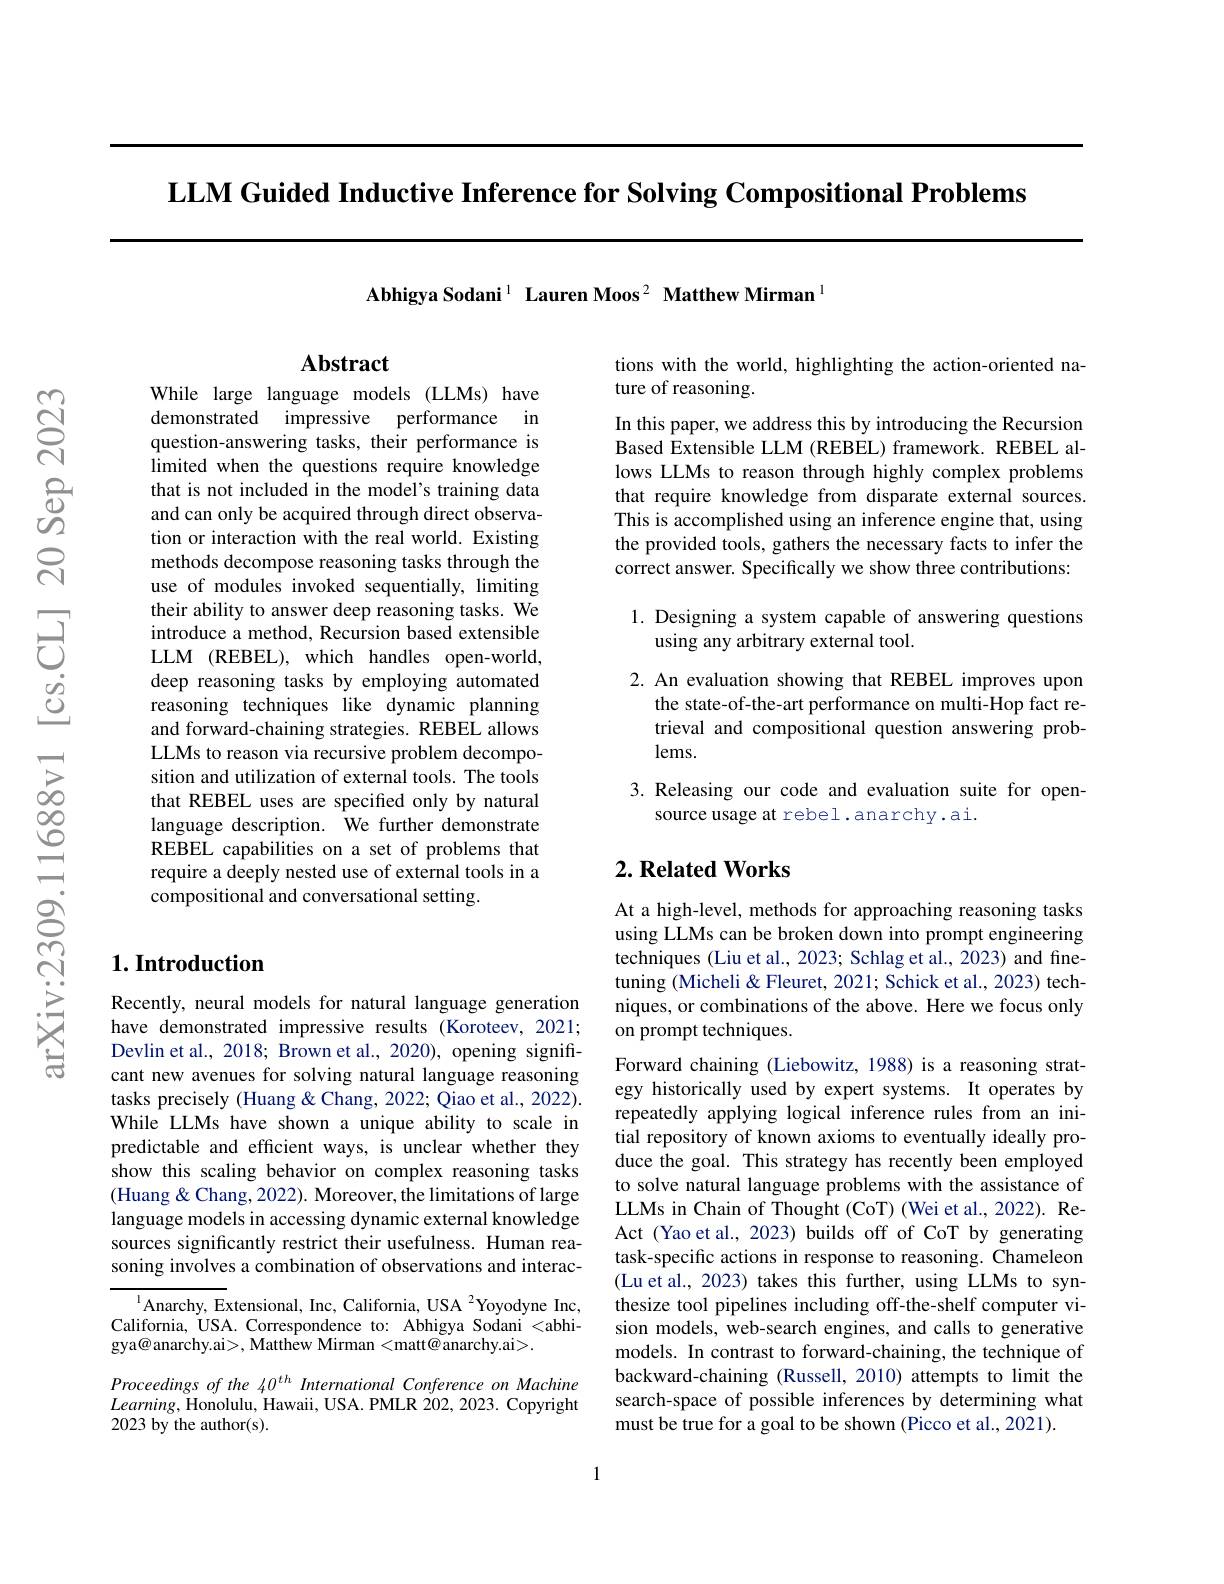
LLM Guided Inductive Inference for Solving Compositional Problems

Abhigya Sodani$^{1}$ Lauren Moos$^{2}$ Matthew Mirman$^{1}$

## Abstract

While large language models (LLMs) have demonstrated impressive performance in question-answering tasks, their performance is limited when the questions require knowledge that is not included in the model's training data and can only be acquired through direct observation or interaction with the real world. Existing methods decompose reasoning tasks through the use of modules invoked sequentially, limiting their ability to answer deep reasoning tasks. We introduce a method, Recursion based extensible LLM (REBEL), which handles open-world, deep reasoning tasks by employing automated reasoning techniques like dynamic planning and forward-chaining strategies. REBEL allows LLMs to reason via recursive problem decomposition and utilization of external tools. The tools that REBEL uses are specified only by natural language description. We further demonstrate REBEL capabilities on a set of problems that require a deeply nested use of external tools in a compositional and conversational setting.

## $1. \textbf{Introduction}$

Recently, neural models for natural language generation have demonstrated impressive results (Koroteev, 2021; Devlin et al., 2018; Brown et al., 2020), opening significant new avenues for solving natural language reasoning tasks precisely (Huang&Chang, 2022; Qiao et al., 2022). While LLMs have shown a unique ability to scale in predictable and efficient ways, is unclear whether they show this scaling behavior on complex reasoning tasks (Huang & Chang, 2022). Moreover, the limitations of large language models in accessing dynamic external knowledge sources significantly restrict their usefulness. Human reasoning involves a combination of observations and interac-

$^{\mathrm{l}}$Anarchy, Extensional, Inc, California, USA $^2$Yoyodyne Inc, California, USA. Correspondence to: Abhigya Sodani <abhigya@anarchy.ai>, Matthew Mirman <matt@anarchy.ai>.

Proceedings of the 40$^{th}$ International Conference on Machine $Learning$,Honolulu, Hawaii, USA. PMLR 202, 2023. Copyright 2023 by the author(s).

tions with the world, highlighting the action-oriented na-
ture of reasoning.

In this paper, we address this by introducing the Recursion Based Extensible LLM (REBEL) framework. REBEL allows LLMs to reason through highly complex problems that require knowledge from disparate external sources. This is accomplished using an inference engine that, using the provided tools, gathers the necessary facts to infer the correct answer. Specifically we show three contributions:

## 1. Designing a system capable of answering questions using any arbitrary external tool.

2. An evaluation showing that REBEL improves upon
the state-of-the-art performance on multi-Hop fact retrieval and compositional question answering problems.

3. Releasing our code and evaluation suite for open-
source usage at rebel.anarchy.ai.

## $2. \textbf{ Related Works}$

At a high-level, methods for approaching reasoning tasks using LLMs can be broken down into prompt engineering techniques (Liu et al., 2023; Schlag et al., 2023) and finetuning (Micheli& Fleuret, 2021; Schick et al., 2023) techniques, or combinations of the above. Here we focus only on prompt techniques.
Forward chaining (Liebowitz, 1988) is a reasoning strategy historically used by expert systems. It operates by repeatedly applying logical inference rules from an initial repository of known axioms to eventually ideally produce the goal. This strategy has recently been employed to solve natural language problems with the assistance of LLMs in Chain of Thought (CoT) (Wei et al., 2022). ReAct (Yao et al., 2023) builds off of CoT by generating task-specific actions in response to reasoning. Chameleon (Lu et al., 2023) takes this further, using LLMs to synthesize tool pipelines including off-the-shelf computer vision models, web-search engines, and calls to generative models. In contrast to forward-chaining, the technique of backward-chaining (Russell, 2010) attempts to limit the search-space of possible inferences by determining what must be true for a goal to be shown (Picco et al., 2021).

1